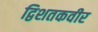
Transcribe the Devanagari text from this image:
द्विशतकवीर